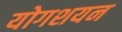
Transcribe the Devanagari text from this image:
योगशयन